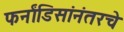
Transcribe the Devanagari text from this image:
फर्नांडिसांनंतरचे